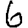
Digit: 6